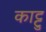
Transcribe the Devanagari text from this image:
काट्टु